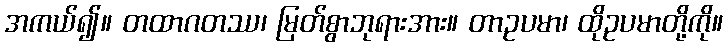
အကယ်၍။ တထာဂတဿ၊ မြတ်စွာဘုရားအား။ တာဥပမာ၊ ထိုဥပမာတို့ကို။